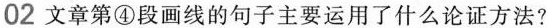
02 文章第④段画线的句子主要运用了什么论证方法？